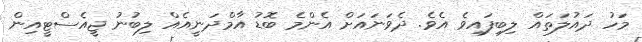
މަހު ދައުލަތައް ލިބިފައިވެ އެވެ. ދެވަނައަށް އެންމެ ބޮޑު އާމްދަނީއެއް ލިބުނު ޖީއެސްޓީއިން